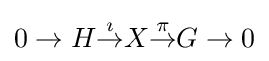
0\to H{\stackrel {\imath }{\to }}X{\stackrel {\pi }{\to }}G\to 0